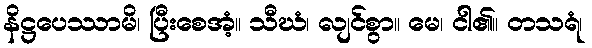
နိဋ္ဌပေဿာမိ၊ ပြီးစေအံ့။ သီဃံ၊ လျင်စွာ။ မေ၊ ငါ၏။ တသရံ၊